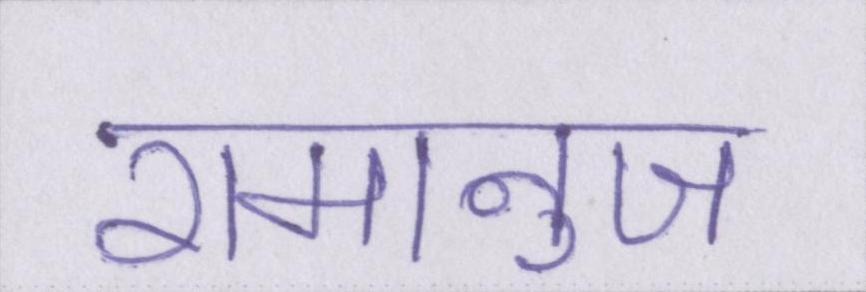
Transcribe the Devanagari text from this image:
रामानुज